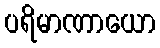
ပရိမာဏာယော